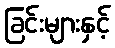
ခြင်းများနှင့်